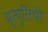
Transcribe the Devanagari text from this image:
मृत्युतिथी